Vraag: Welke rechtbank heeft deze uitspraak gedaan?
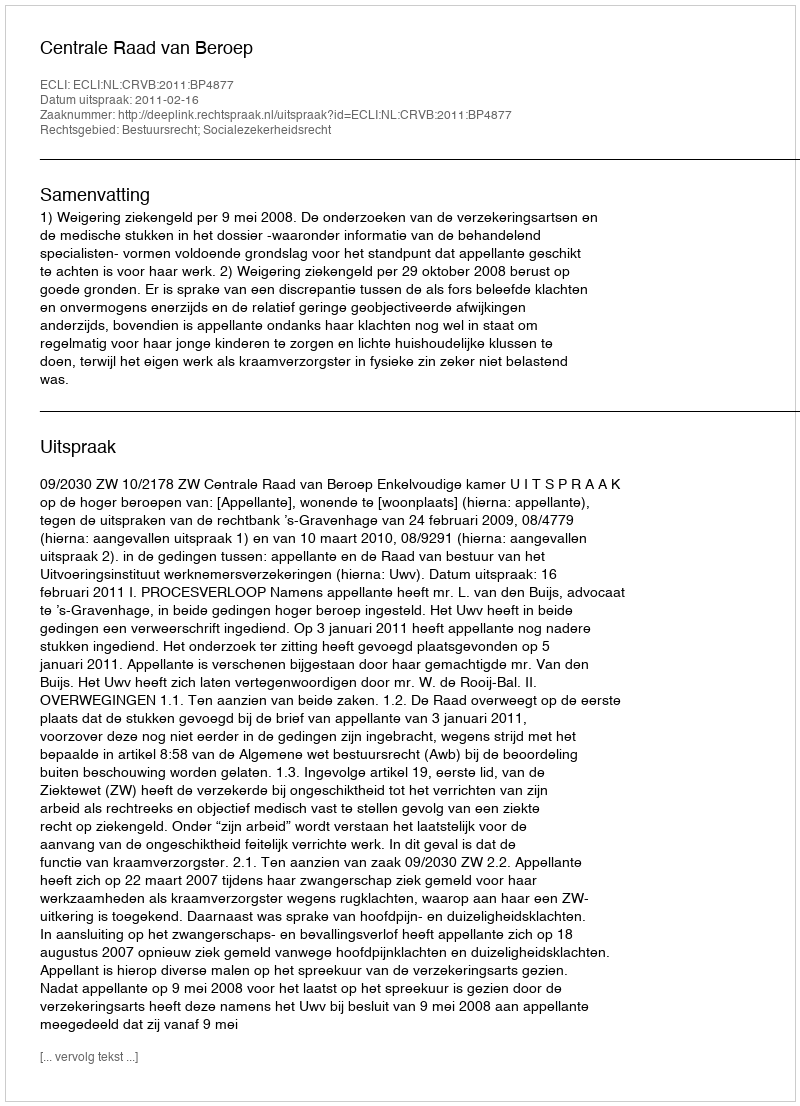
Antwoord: Centrale Raad van Beroep